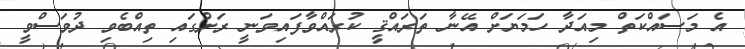
އެ މަސައްކަތް މިއަދާ ހަމަޔަށް އޭނާ ތަރައްޤީ ކުރައްވާފައިވަނީ ރަށުގައި ތިއްބެވި ދުވަސްވީ